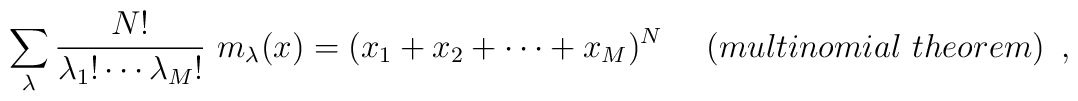
\sum_{\lambda}\frac{N!}{{\lambda_1}!\cdots {\lambda_M}!}~m_\lambda (x)=(x_1+ x_2 +\cdots+x_M)^N ~~~~(multinomial~theorem)\,\,\,,